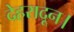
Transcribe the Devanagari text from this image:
देहरादून।